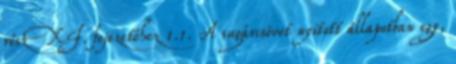
rész XI. fejezetéhez 1.1. A sugárcsövet nyitott állapotban egy,